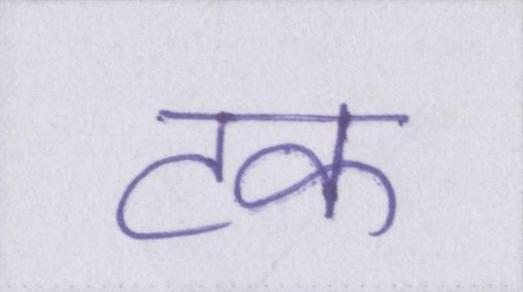
टक